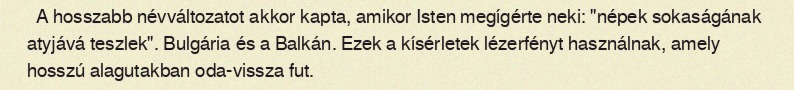
A hosszabb névváltozatot akkor kapta, amikor Isten megígérte neki: "népek sokaságának atyjává teszlek". Bulgária és a Balkán. Ezek a kísérletek lézerfényt használnak, amely hosszú alagutakban oda-vissza fut.